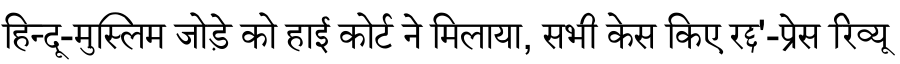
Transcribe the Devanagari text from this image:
हिन्दू-मुस्लिम जोड़े को हाई कोर्ट ने मिलाया, सभी केस किए रद्द'-प्रेस रिव्यू